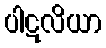
ပါဋလိယာ